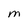
Character: M